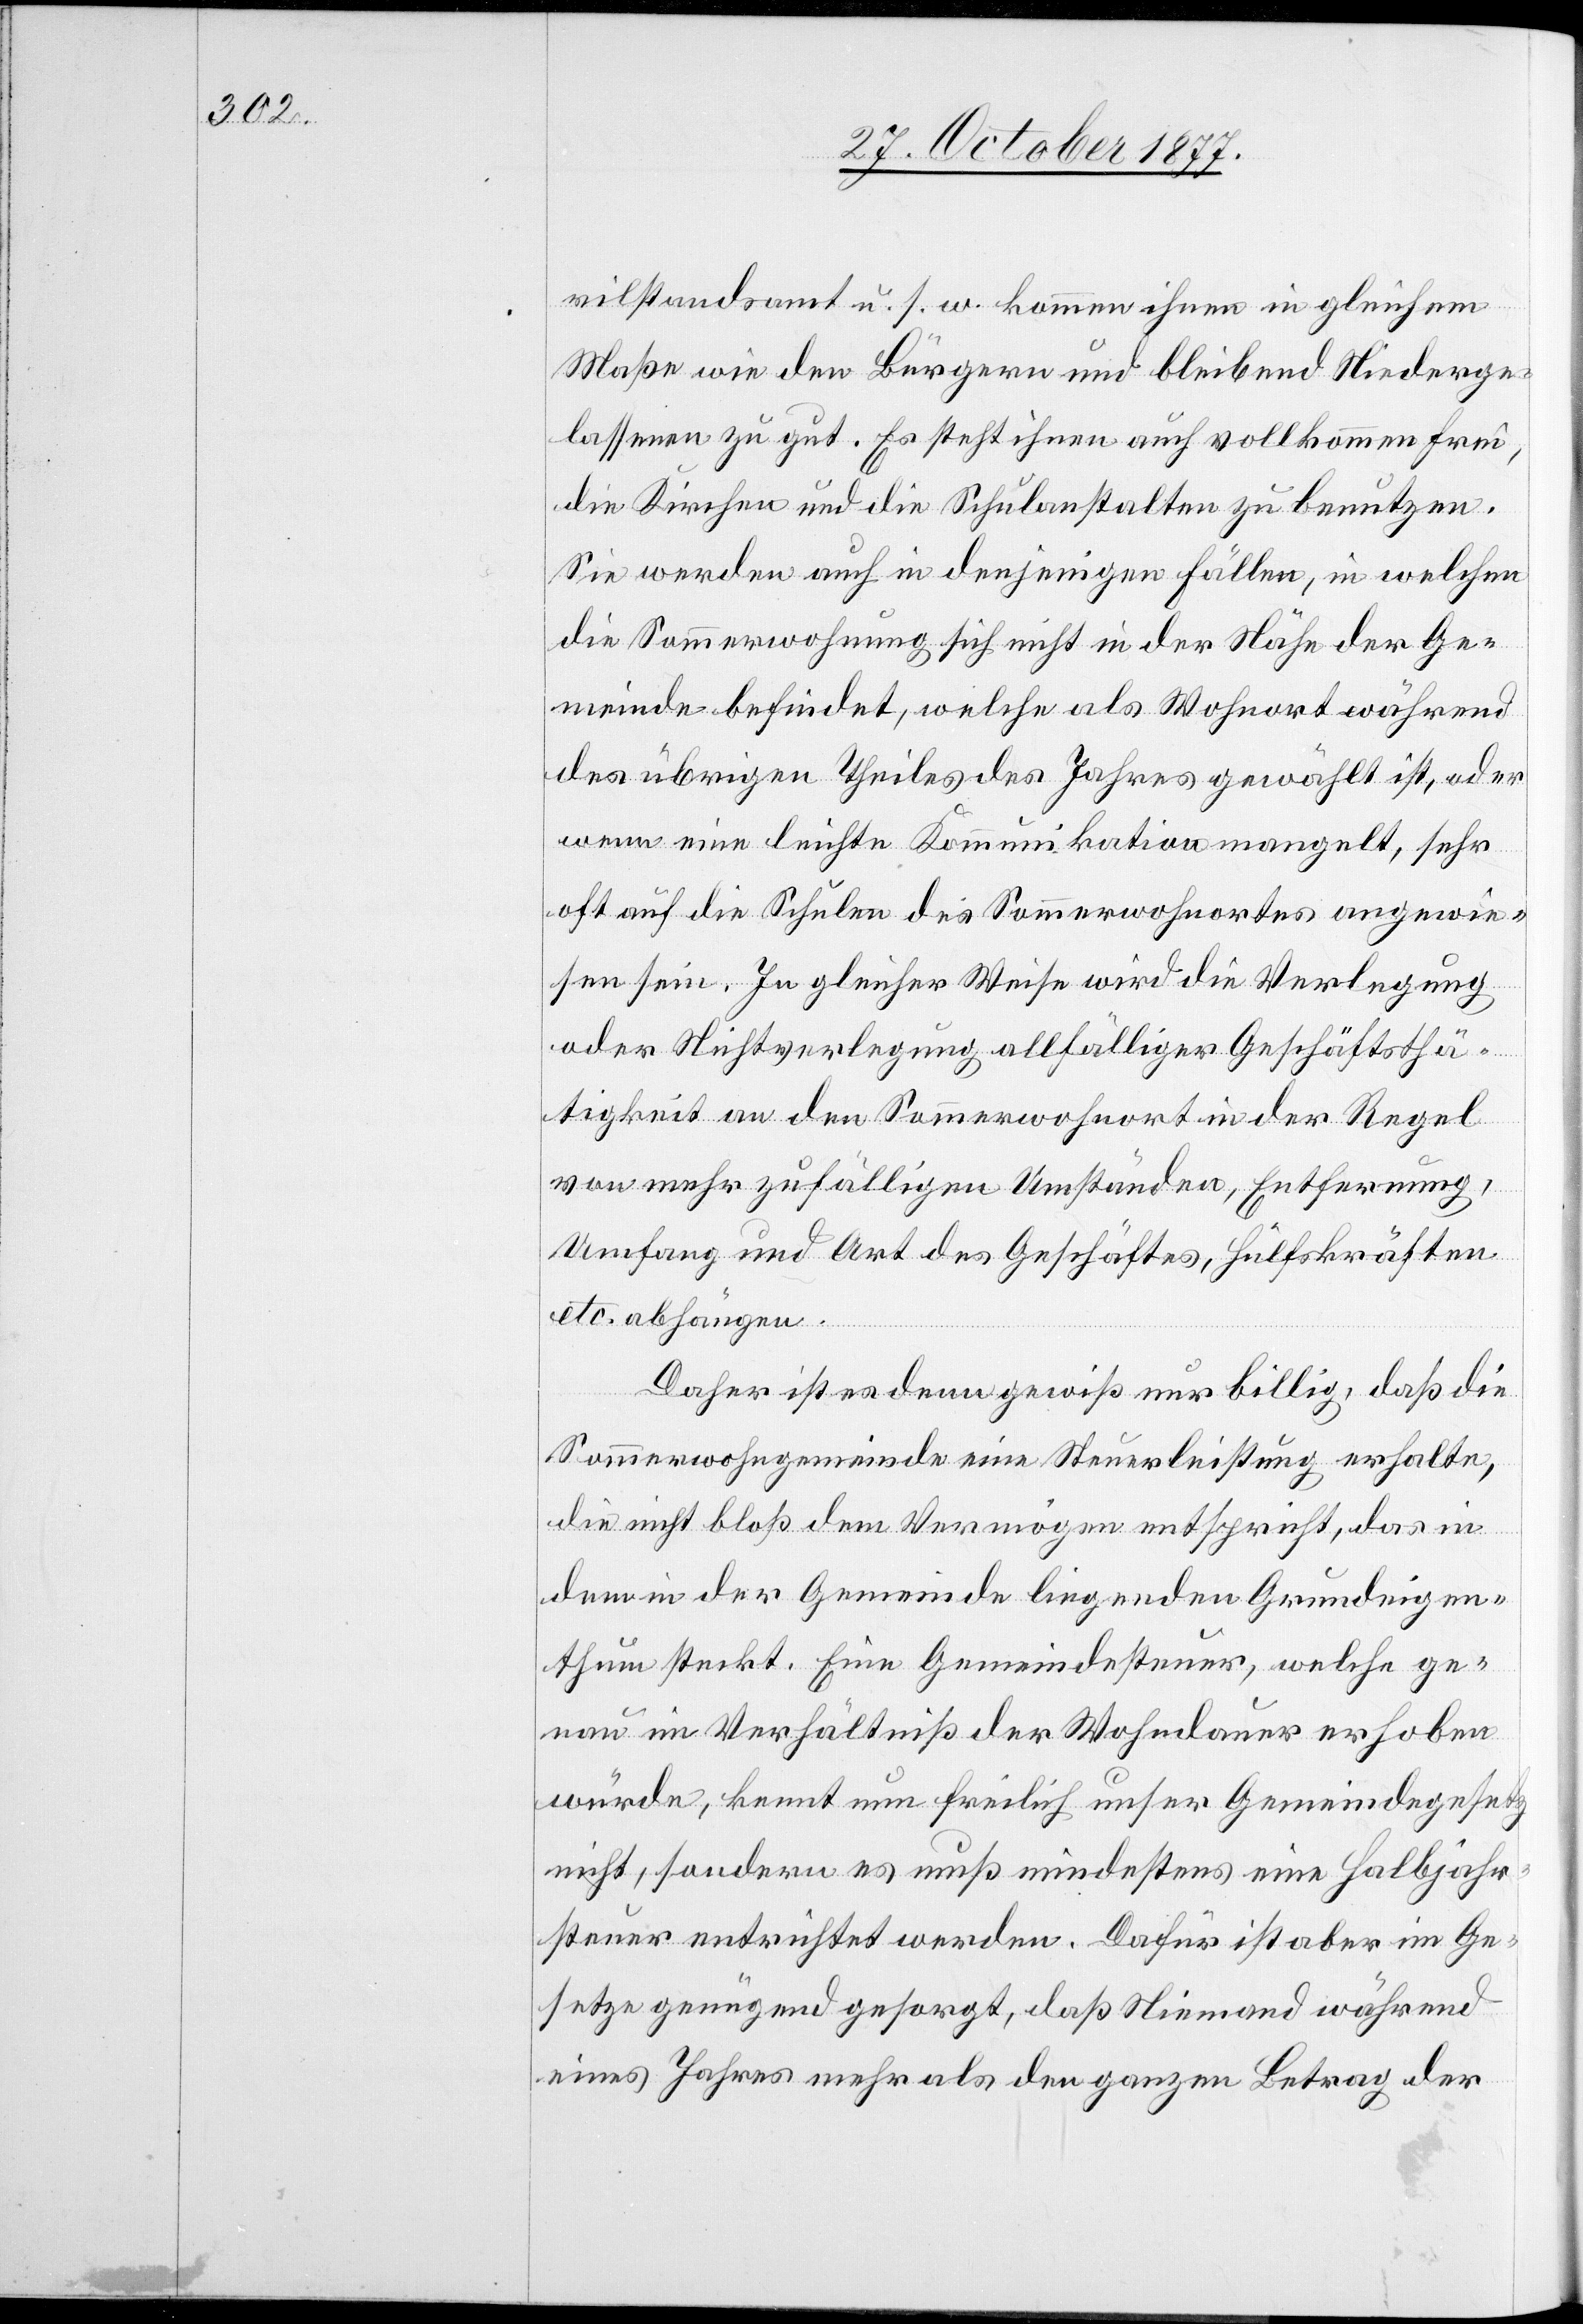
vilstandsamt u. s. w. kommen ihnen in gleichem
Maße wie den Bürgern und bleibend Niederge¬
lassenen zu gut. Es steht ihnen auch vollkommen frei,
die Kirchen und die Schulanstalten zu benutzen.
Sie werden auch in denjenigen Fällen, in welchen
die Sommerwohnung sich nicht in der Nähe der Ge¬
meinde befindet, welche als Wohnort während
des übrigen Theiles des Jahres gewählt ist, oder
wenn eine leichte Kommunikation mangelt, sehr
oft auf die Schulen des Sommerwohnortes angewie¬
sen sein. In gleicher Weise wird die Verlegung
oder Nichtverlegung allfälliger Geschäftsthä¬
tigkeit an den Sommerwohnort in der Regel
von mehr zufälligen Umständen, Entfernung,
Umfang und Art des Geschäftes, Hülfskräften
etc. abhängen.
Daher ist es denn gewiß nur billig, daß die
Sommerwohngemeinde eine Steuerleistung erhalte,
die nicht bloß dem Vermögen entspricht, das in
dem in der Gemeinde liegenden Grundeigen¬
thum steckt. Eine Gemeindesteuer, welche ge¬
nau im Verhältniß der Wohndauer erhoben
würde, kennt nun freilich unser Gemeindegesetz
nicht, sondern es muß mindestens eine Halbjahr¬
steuer entrichtet werden. Dafür ist aber im Ge¬
setze genügend gesorgt, daß Niemand während
eines Jahres mehr als den ganzen Betrag der